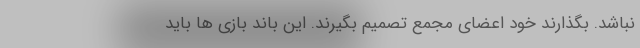
نباشد. بگذارند خود اعضای مجمع تصمیم بگیرند. این باند بازی ها باید